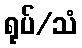
ရုပ်/သံ